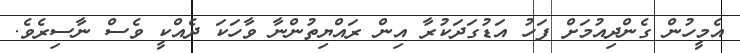
އެމީހުން ގެންދިއުމަށް ފަހު އަޑުގަދަކުރާ އިން ރައްޔިތުންނާ ވާހަކަ ދެއްކީ ވެސް ނާސިރެވެ.